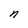
Character: n